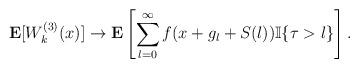
LaTeX: \begin{align*}\mathbf{E}[W^{(3)}_k(x)]\to\mathbf{E}\left[\sum_{l=0}^{\infty}f(x+g_l+S(l))\mathbb{I}\{\tau>l\}\right].\end{align*}